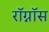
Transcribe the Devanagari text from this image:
रॉग्नॉस